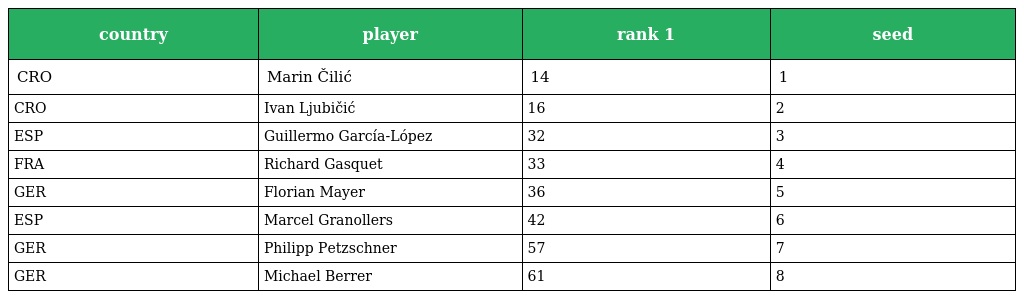
| country | player | rank 1 | seed |
 | --- | --- | --- | --- |
 | CRO | Marin Čilić | 14 | 1 |
 | CRO | Ivan Ljubičić | 16 | 2 |
 | ESP | Guillermo García-López | 32 | 3 |
 | FRA | Richard Gasquet | 33 | 4 |
 | GER | Florian Mayer | 36 | 5 |
 | ESP | Marcel Granollers | 42 | 6 |
 | GER | Philipp Petzschner | 57 | 7 |
 | GER | Michael Berrer | 61 | 8 |